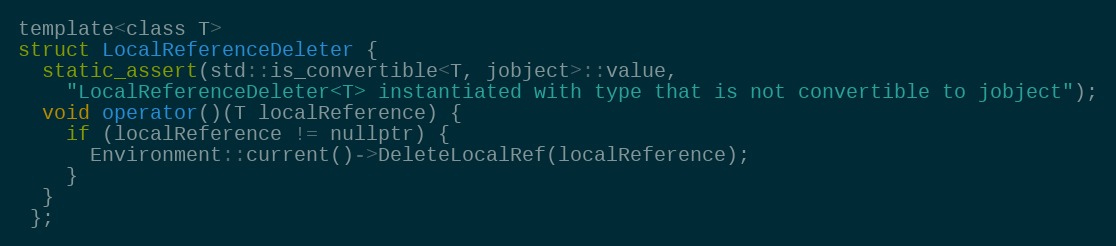
Language: C
template<class T>
struct LocalReferenceDeleter {
  static_assert(std::is_convertible<T, jobject>::value,
    "LocalReferenceDeleter<T> instantiated with type that is not convertible to jobject");
  void operator()(T localReference) {
    if (localReference != nullptr) {
      Environment::current()->DeleteLocalRef(localReference);
    }
  }
 };